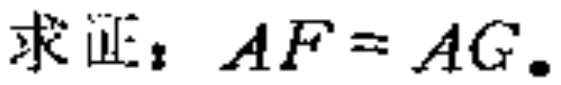
求证：$AF = AG.$